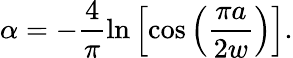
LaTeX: \alpha=-\frac{4}{\pi}\ln\left[\cos\left(\frac{\pi a}{2w}\right)\right].